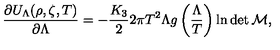
\frac { \partial U _ { \Lambda } ( \rho , \zeta , T ) } { \partial \Lambda } = - \frac { K _ { 3 } } { 2 } 2 \pi T ^ { 2 } \Lambda g \left( \frac { \Lambda } { T } \right) \ln \det \cal { M } ,